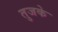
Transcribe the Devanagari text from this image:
तुजके